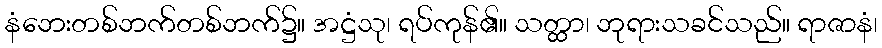
နံဘေးတစ်ဘက်တစ်ဘက်၌။ အဋ္ဌံသု၊ ရပ်ကုန်၏။ သတ္ထာ၊ ဘုရားသခင်သည်။ ရာဇာနံ၊